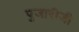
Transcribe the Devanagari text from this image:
पुजारीजी